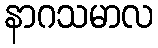
နာဂသမာလ